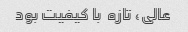
عالی، تازه ‌ با کیفیت بود